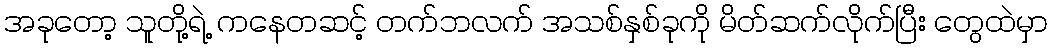
အခုတော့ သူတို့ရဲ့ ကနေတဆင့် တက်ဘလက် အသစ်နှစ်ခုကို မိတ်ဆက်လိုက်ပြီး တွေထဲမှာ